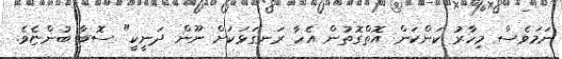
ނަމަވެސް މިހާރު ކަންކަން އޮތްގޮތުން އެހާ ރަނގަޅަކަށް ނޫން ދަނީކީ" ސޮބާ ބުންޏެވެ.